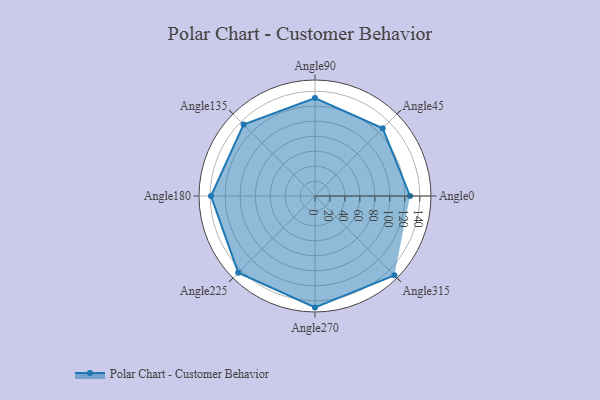
{"axis": {"x": "Angle", "y": "Radius"}, "legend": [""], "data": [{"x": "Angle0", "y": 127.0, "type": ""}, {"x": "Angle45", "y": 128.0, "type": ""}, {"x": "Angle90", "y": 131.0, "type": ""}, {"x": "Angle135", "y": 135.0, "type": ""}, {"x": "Angle180", "y": 139.0, "type": ""}, {"x": "Angle225", "y": 145.0, "type": ""}, {"x": "Angle270", "y": 149.0, "type": ""}, {"x": "Angle315", "y": 150.0, "type": ""}]}